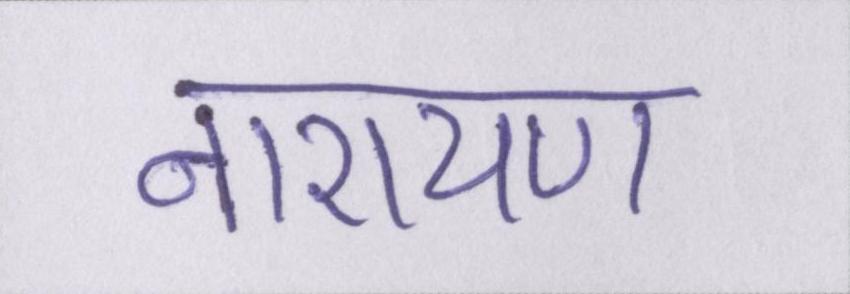
नारायण